Structure of Hæmatopota pluvialis (Meigen) - Number 55
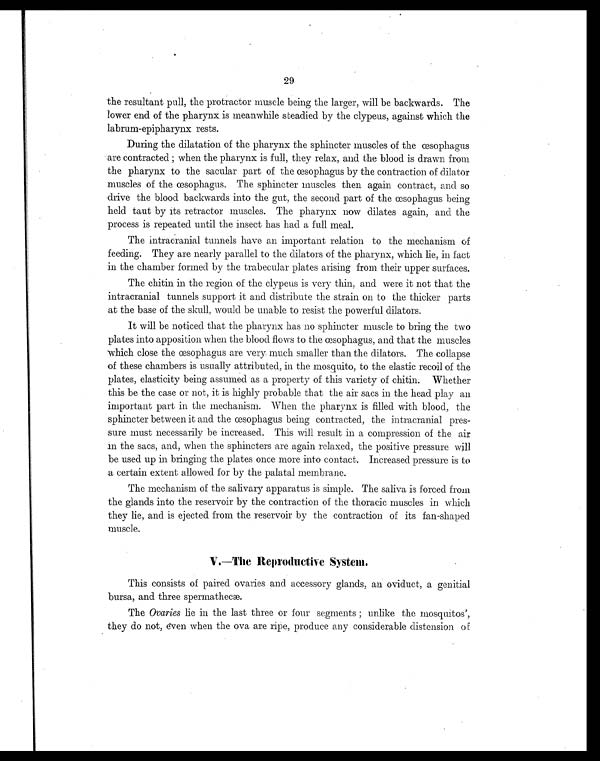
29
the resultant pull, the protractor muscle being the larger, will be backwards. The
lower end of the pharynx is meanwhile steadied by the clypeus, against which the
labrum-epipharynx rests.
During the dilatation of the pharynx the sphincter muscles of the œsophagus
are contracted when the pharynx is full, they relax, and the blood is drawn from
the pharynx to the sacular part of the œsophagus by the contraction of dilator
muscles of the œsophagus. The sphincter muscles then again contract, and so
drive the blood backwards into the gut, the second part of the œsophagus being
held taut by its retractor muscles. The pharynx now dilates again, and the
process is repeated until the insect has had a full meal.
The intracranial tunnels have an important relation to the mechanism of
feeding. They are nearly parallel to the dilators of the pharynx, which lie, in fact
in the chamber formed by the trabecular plates arising from their upper surfaces.
The chitin in the region of the clypeus is very thin, and were it not that the
intracranial tunnels support it and distribute the strain on to the thicker parts
at the base of the skull, would be unable to resist the powerful dilators.
It will be noticed that the pharynx has no sphincter muscle to bring the two
plates into apposition when the blood flows to the cesophagus, and that the muscles
which close the œsophagus are very much smaller than the dilators. The collapse
of these chambers is usually attributed, in the mosquito, to the elastic recoil of the
plates, elasticity being assumed as a property of this variety of chitin. Whether
this be the case or not, it is highly probable that the air sacs in the head play an
important part in the mechanism. When the pharynx is filled with blood, the
sphincter between it and the œsophagus being contracted, the intracranial pres-
sure must necessarily be increased. This will result in a compression of the air
in the sacs, and, when the sphincters are again relaxed, the positive pressure will
be used up in bringing the plates once more into contact. Increased pressure is to
a certain extent allowed for by the palatal membrane.
The mechanism of the salivary apparatus is simple. The saliva is forced from
the glands into the reservoir by the contraction of the thoracic muscles in which
they lie, and is ejected from the reservoir by the contraction of its fan-shaped
muscle.
V.—The Reproductive System.
This consists of paired ovaries and accessory glands, an oviduct, a genitial
bursa, and three spermathecæ.
The Ovaries lie in the last three or four segments unlike the mosquitos',
they do not, even when the ova are ripe, produce any considerable distension of